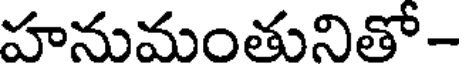
హనుమంతునితో -